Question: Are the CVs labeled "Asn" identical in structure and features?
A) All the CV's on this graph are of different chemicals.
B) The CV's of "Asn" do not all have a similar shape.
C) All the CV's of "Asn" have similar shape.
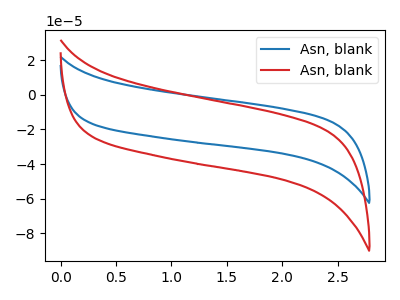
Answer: <think>The blue curve "Asn, blank1" has no peaks. The red curve "Asn, blank2" has no peaks.
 Neither "Asn, blank1" or "Asn, blank2" have any peaks.</think>
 <answer>C) All the CV's of "Asn" have similar shape.</answer>
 <eval>C</eval>